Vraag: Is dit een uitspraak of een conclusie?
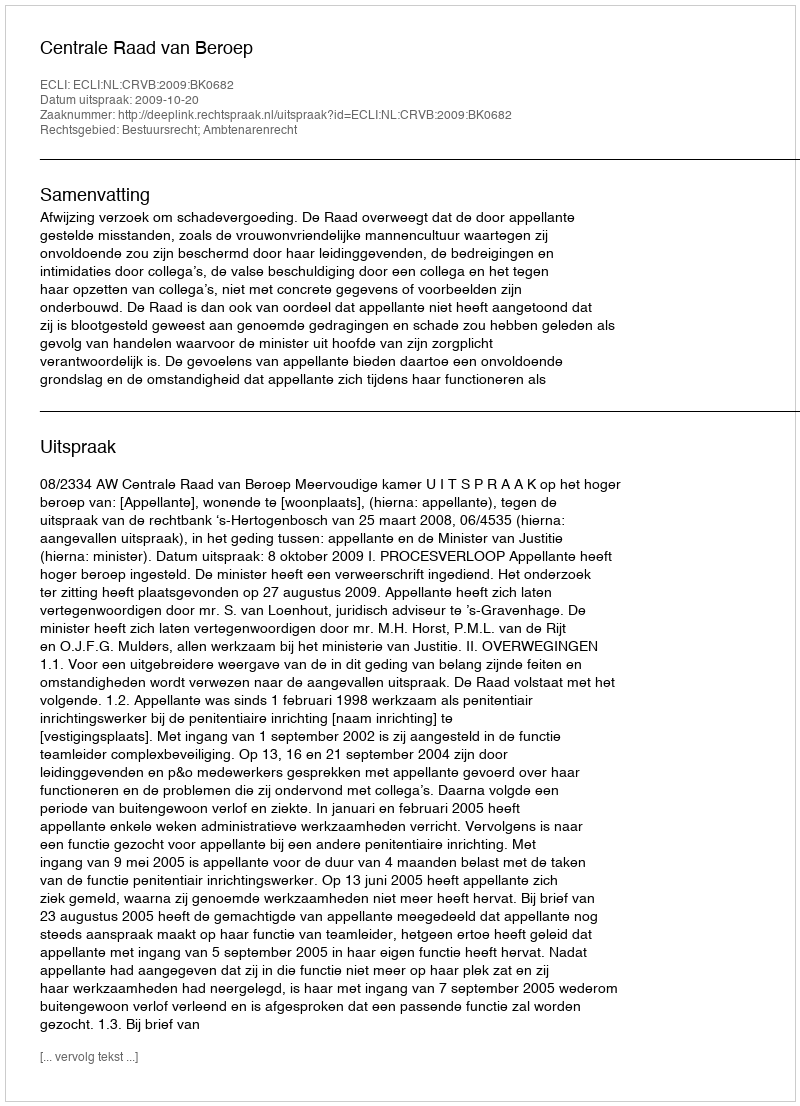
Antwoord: Uitspraak